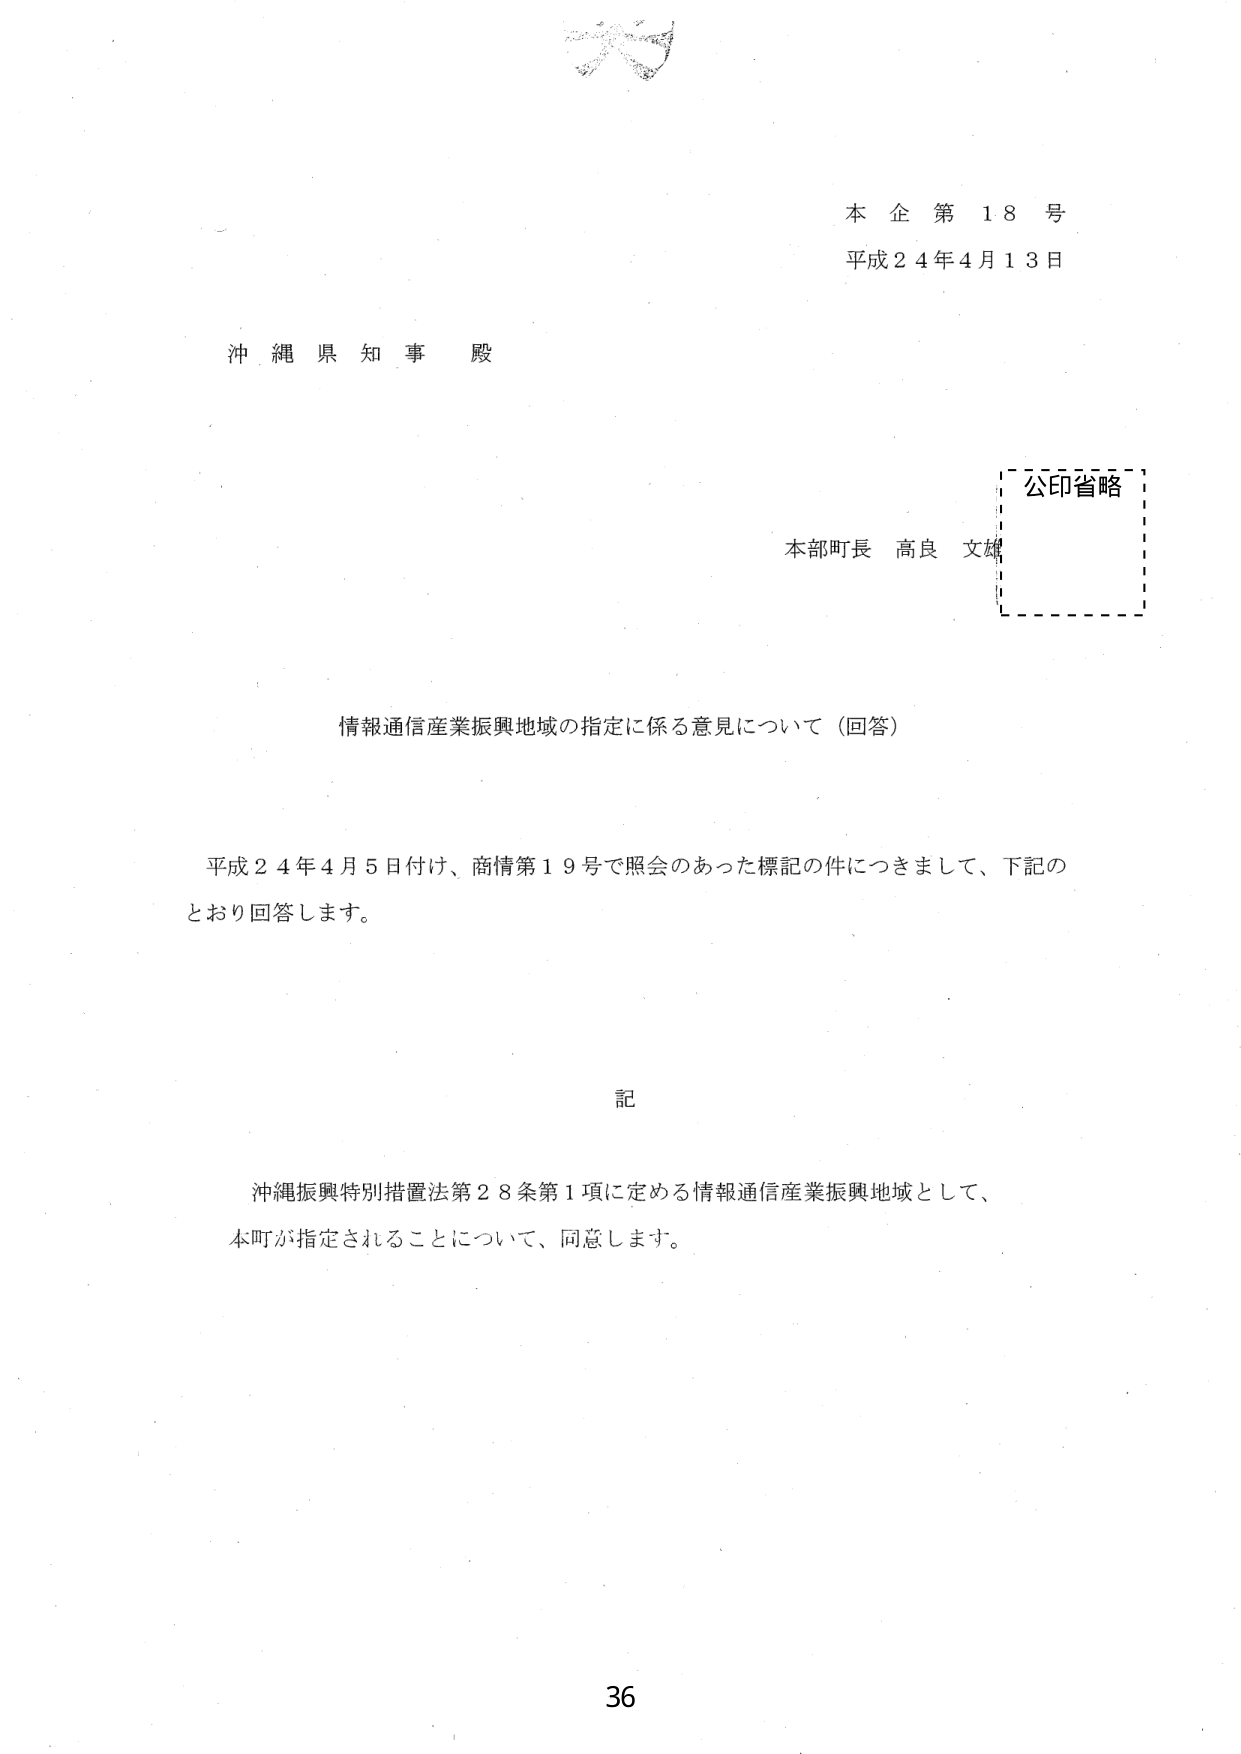
本企第18号
平成24年4月13日

沖縄県知事 殿

公印省略
本部町長 高良 文雄

情報通信産業振興地域の指定に係る意見について（回答）

平成24年4月5日付け、商情第19号で照会のあった標記の件につきまして、下記のとおり回答します。

記

沖縄振興特別措置法第28条第1項に定める情報通信産業振興地域として、
本町が指定されることについて、同意します。

36